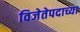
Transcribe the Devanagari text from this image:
विजेतेपदाच्या